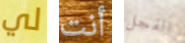
لي أنت الفجل